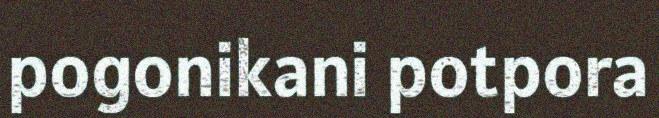
pogonikani potpora